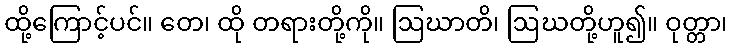
ထို့ကြောင့်ပင်။ တေ၊ ထို တရားတို့ကို။ ဩဃာတိ၊ ဩဃတို့ဟူ၍။ ဝုတ္တာ၊